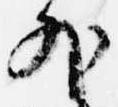
外